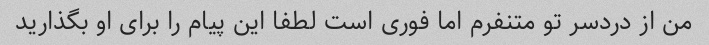
من از دردسر تو متنفرم اما فوری است لطفا این پیام را برای او بگذارید